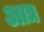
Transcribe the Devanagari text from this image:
अाद्य